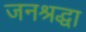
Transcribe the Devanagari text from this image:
जनश्रद्धा